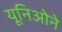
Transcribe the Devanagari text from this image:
यूनिओने